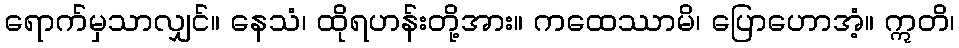
ရောက်မှသာလျှင်။ နေသံ၊ ထိုရဟန်းတို့အား။ ကထေဿာမိ၊ ပြောဟောအံ့။ ဣတိ၊